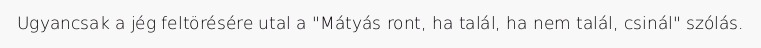
Ugyancsak a jég feltörésére utal a "Mátyás ront, ha talál, ha nem talál, csinál" szólás.